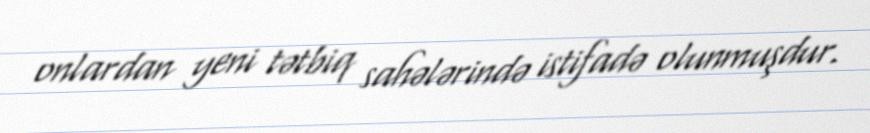
onlardan yeni tətbiq sahələrində istifadə olunmuşdur.